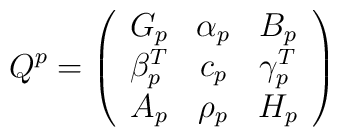
Q^p=\left(	\begin{array}{ccc}		G_p &\alpha _p &B_p\\		\beta _p^T &c_p &\gamma _p^T\\		A_p &\rho _p &H_p	\end{array}	 \right)